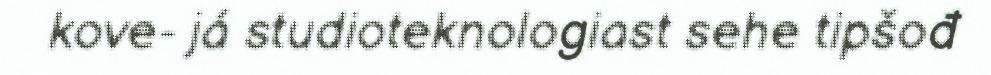
kove- já studioteknologiast sehe tipšođ